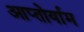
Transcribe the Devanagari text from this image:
आप्‍तोर्याम